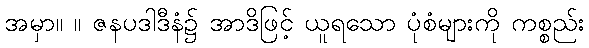
အမှာ။ ။ ဇနပဒါဒီနံ၌ အာဒိဖြင့် ယူရသော ပုံစံများကို ကစ္စည်း